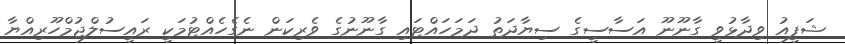
ޝަފީއު ވިދާޅުވީ ގާނޫނޫ އަސާސީގެ ސިޔާދަތު ދަމަހައްޓައި ގާނޫނުގެ ވެރިކަން ނެގެހެއްޓުމަކީ ރައީސުލްޖުމްހޫރިއްޔާ